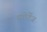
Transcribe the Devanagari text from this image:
स्पोर्टेज